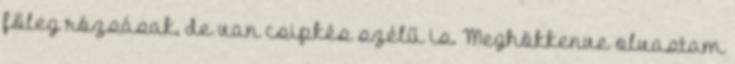
főleg rózsásak, de van csipkés szélű is. Meghökkenve olvastam